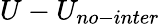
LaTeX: U-U_{no-inter}